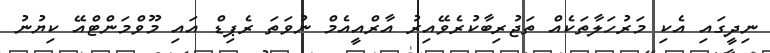
ނިދީގައި އެކި މަރުހަލާތަކެއް ތަޖުރިބާކުރެވޭއިރު އާރްއީއެމް ނުވަތަ ރެޕިޑް އައި މޫވްމަންޓްއޭ ކިޔުނު